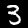
Label: 3